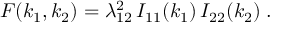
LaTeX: F ( k _ { 1 } , k _ { 2 } ) = \lambda _ { 1 2 } ^ { 2 } \, I _ { 1 1 } ( k _ { 1 } ) \, I _ { 2 2 } ( k _ { 2 } ) \; .